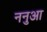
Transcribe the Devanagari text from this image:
ननुआ